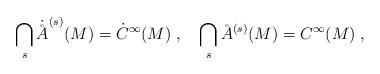
LaTeX: \begin{align*}\bigcap_s\dot\AA^{(s)}(M)=\dot C^\infty(M)\;,\quad\bigcap_s\AA^{(s)}(M)=C^\infty(M)\;,\end{align*}